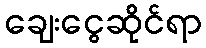
ချေးငွေဆိုင်ရာ